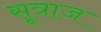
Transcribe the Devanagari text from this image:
सूत्राज